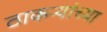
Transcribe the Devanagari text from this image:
ठाकर्‍यांच्या